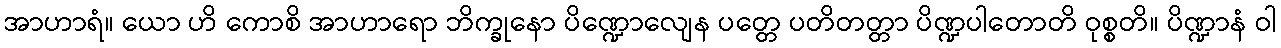
အာဟာရံ။ ယော ဟိ ကောစိ အာဟာရော ဘိက္ခုနော ပိဏ္ဍောလျေန ပတ္တေ ပတိတတ္တာ ပိဏ္ဍပါတောတိ ဝုစ္စတိ။ ပိဏ္ဍာနံ ဝါ